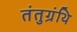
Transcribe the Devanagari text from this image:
तंतुग्रंथि